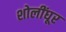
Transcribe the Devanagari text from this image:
शोलींघूर